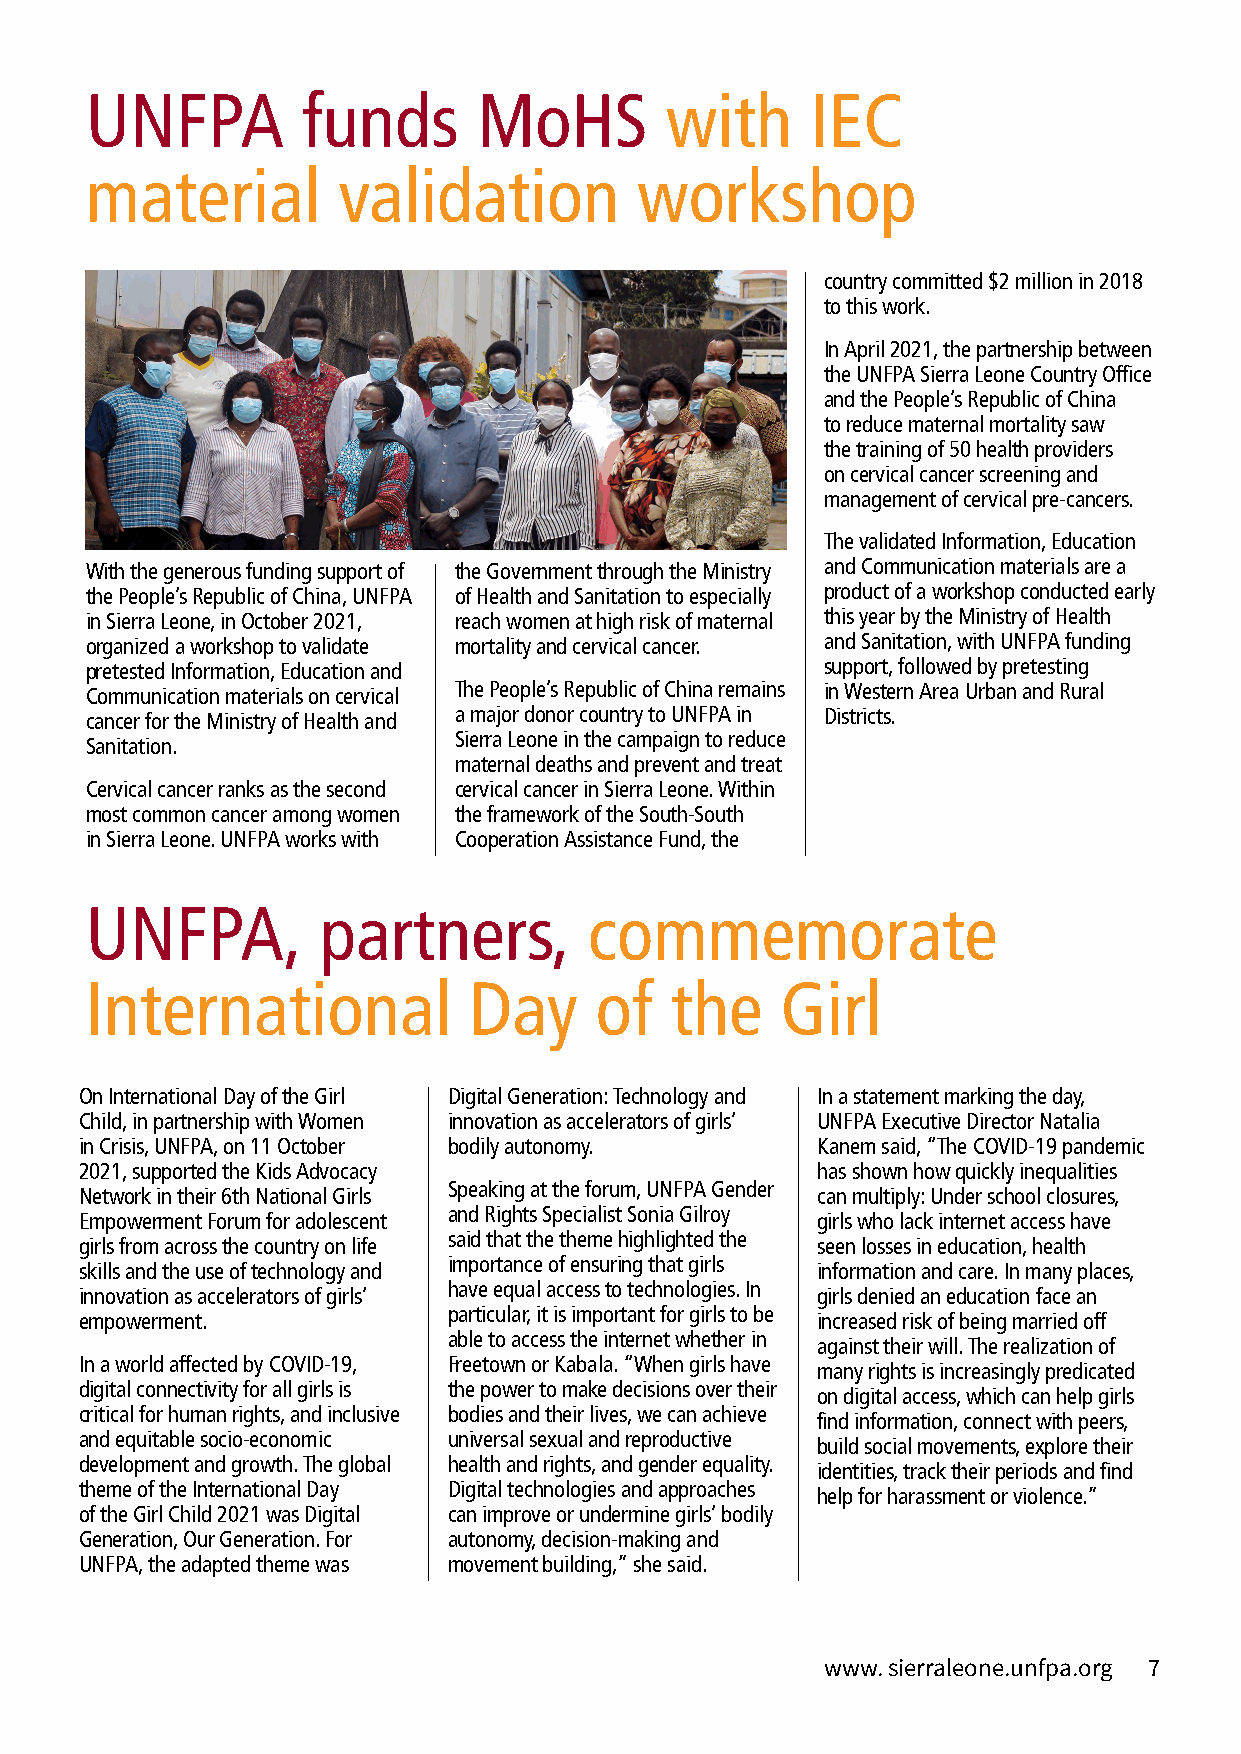
UNFPA         funds       MoHS        with      IEC
 material        validation          workshop
 country committed $2 million in 2018
 to this work.
 In April 2021, the partnership between
 the UNFPA Sierra Leone Country Office
 and the People’s Republic of China
 to reduce maternal mortality saw
 the training of 50 health providers
 on cervical cancer screening and
 management of cervical pre-cancers.
 The validated Information, Education
 With the generous funding support of the Government through the Ministry and Communication materials are a
 the People’s Republic of China, UNFPA of Health and Sanitation to especially product of a workshop conducted early
 in Sierra Leone, in October 2021, reach women at high risk of maternal this year by the Ministry of Health
 organized a workshop to validate mortality and cervical cancer. and Sanitation, with UNFPA funding
 pretested Information, Education and             support, followed by pretesting
 Communication materials on cervical The People’s Republic of China remains in Western Area Urban and Rural
 cancer for the Ministry of Health and a major donor country to UNFPA in Districts.
 Sierra Leone in the campaign to reduce
 Sanitation.
 maternal deaths and prevent and treat
 Cervical cancer ranks as the second cervical cancer in Sierra Leone. Within
 most common cancer among women the framework of the South-South
 in Sierra Leone. UNFPA works with Cooperation Assistance Fund, the
 UNFPA,         partners,         commemorate
 International            Day     of   the     Girl
 On International Day of the Girl Digital Generation: Technology and In a statement marking the day,
 Child, in partnership with Women innovation as accelerators of girls’ UNFPA Executive Director Natalia
 in Crisis, UNFPA, on 11 October bodily autonomy. Kanem said, “The COVID-19 pandemic
 2021, supported the Kids Advocacy                has shown how quickly inequalities
 Speaking at the forum, UNFPA Gender
 Network in their 6th National Girls              can multiply: Under school closures,
 and Rights Specialist Sonia Gilroy
 Empowerment Forum for adolescent                 girls who lack internet access have
 said that the theme highlighted the
 girls from across the country on life            seen losses in education, health
 importance of ensuring that girls
 skills and the use of technology and             information and care. In many places,
 have equal access to technologies. In
 innovation as accelerators of girls’             girls denied an education face an
 particular, it is important for girls to be
 empowerment.                                     increased risk of being married off
 able to access the internet whether in
 against their will. The realization of
 In a world affected by COVID-19, Freetown or Kabala. “When girls have
 many rights is increasingly predicated
 digital connectivity for all girls is the power to make decisions over their
 on digital access, which can help girls
 critical for human rights, and inclusive bodies and their lives, we can achieve
 find information, connect with peers,
 and equitable socio-economic universal sexual and reproductive
 build social movements, explore their
 development and growth. The global health and rights, and gender equality.
 identities, track their periods and find
 theme of the International Day Digital technologies and approaches
 help for harassment or violence.”
 of the Girl Child 2021 was Digital can improve or undermine girls’ bodily
 Generation, Our Generation. For autonomy, decision-making and
 UNFPA, the adapted theme was movement building,” she said.
 www. sierraleone.unfpa.org 7